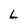
Character: L